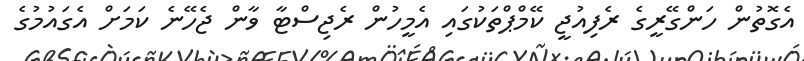
އެގޮތުން ހަންގޭރީގެ ރެފިއުޖީ ކޭމްޕްތަކުގައި އެމީހުން ރެޖިސްޓާ ވާން ޖެހޭނެ ކަމަށް އެގައުމުގެ